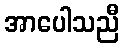
အာပေါသညီ